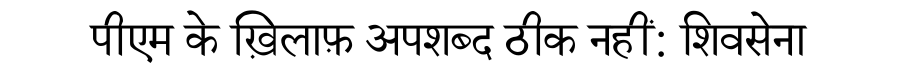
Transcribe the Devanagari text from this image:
पीएम के ख़िलाफ़ अपशब्द ठीक नहीं: शिवसेना